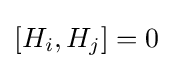
[H_{i},H_{j}]=0